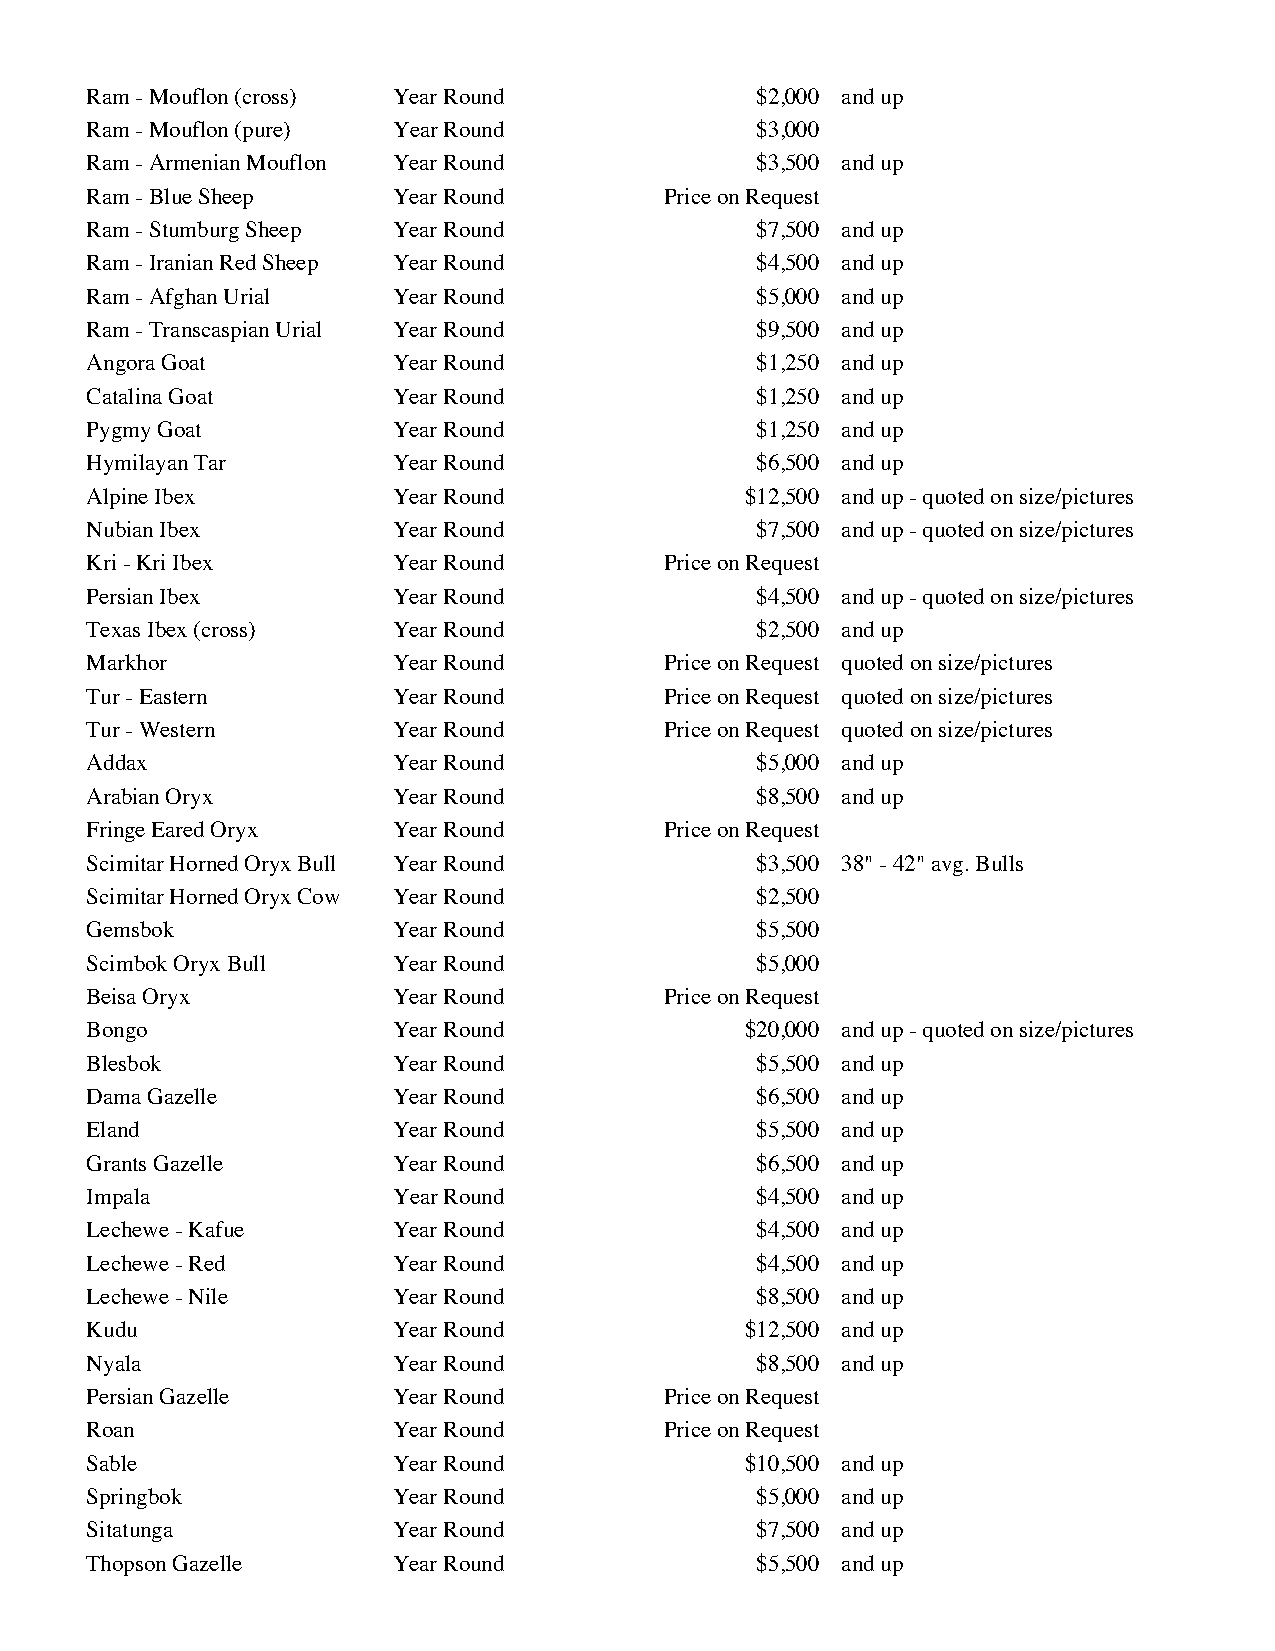
Ram - Mouflon (cross) Year Round            $2,000 and up
 Ram - Mouflon (pure) Year Round             $3,000
 Ram - Armenian Mouflon Year Round           $3,500 and up
 Ram - Blue Sheep    Year Round        Price on Request
 Ram - Stumburg Sheep Year Round             $7,500 and up
 Ram - Iranian Red Sheep Year Round          $4,500 and up
 Ram - Afghan Urial  Year Round              $5,000 and up
 Ram - Transcaspian Urial Year Round         $9,500 and up
 Angora Goat         Year Round              $1,250 and up
 Catalina Goat       Year Round              $1,250 and up
 Pygmy Goat          Year Round              $1,250 and up
 Hymilayan Tar       Year Round              $6,500 and up
 Alpine Ibex         Year Round             $12,500 and up - quoted on size/pictures
 Nubian Ibex         Year Round              $7,500 and up - quoted on size/pictures
 Kri - Kri Ibex      Year Round        Price on Request
 Persian Ibex        Year Round              $4,500 and up - quoted on size/pictures
 Texas Ibex (cross)  Year Round              $2,500 and up
 Markhor             Year Round        Price on Request quoted on size/pictures
 Tur - Eastern       Year Round        Price on Request quoted on size/pictures
 Tur - Western       Year Round        Price on Request quoted on size/pictures
 Addax               Year Round              $5,000 and up
 Arabian Oryx        Year Round              $8,500 and up
 Fringe Eared Oryx   Year Round        Price on Request
 Scimitar Horned Oryx Bull Year Round        $3,500 38" - 42" avg. Bulls
 Scimitar Horned Oryx Cow Year Round         $2,500
 Gemsbok             Year Round              $5,500
 Scimbok Oryx Bull   Year Round              $5,000
 Beisa Oryx          Year Round        Price on Request
 Bongo               Year Round             $20,000 and up - quoted on size/pictures
 Blesbok             Year Round              $5,500 and up
 Dama Gazelle        Year Round              $6,500 and up
 Eland               Year Round              $5,500 and up
 Grants Gazelle      Year Round              $6,500 and up
 Impala              Year Round              $4,500 and up
 Lechewe - Kafue     Year Round              $4,500 and up
 Lechewe - Red       Year Round              $4,500 and up
 Lechewe - Nile      Year Round              $8,500 and up
 Kudu                Year Round             $12,500 and up
 Nyala               Year Round              $8,500 and up
 Persian Gazelle     Year Round        Price on Request
 Roan                Year Round        Price on Request
 Sable               Year Round             $10,500 and up
 Springbok           Year Round              $5,000 and up
 Sitatunga           Year Round              $7,500 and up
 Thopson Gazelle     Year Round              $5,500 and up